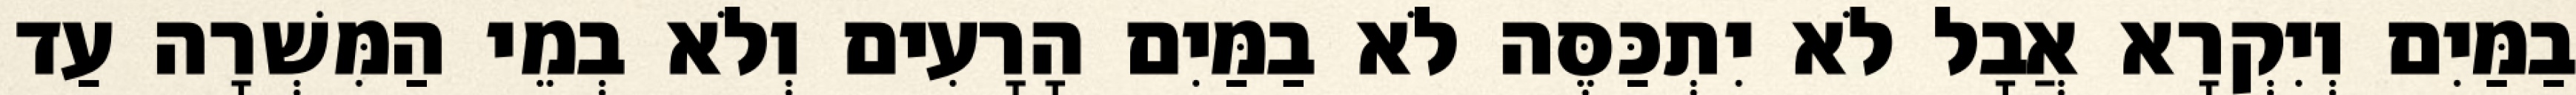
בַמַּיִם וְיִקְרָא אֲבָל לֹא יִתְכַּסֶּה לֹא בַמַּיִם הָרָעִים וְלֹא בְמֵי הַמִּשְׁרָה עַד